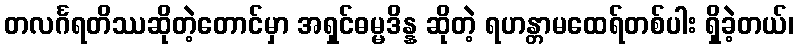
တလင်္ဂရတိဿဆိုတဲ့တောင်မှာ အရှင်ဓမ္မဒိန္န ဆိုတဲ့ ရဟန္တာမထေရ်တစ်ပါး ရှိခဲ့တယ်၊